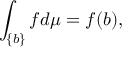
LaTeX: \int _ { \{ b \} } f d \mu = f ( b ) ,